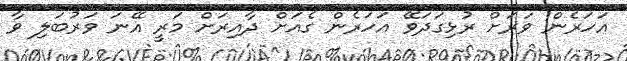
އަހަރެން ވަރަށް ރުޅިގަދަވޭ އަހަރެން ގެއަށް ދާއިރަށް މަރީ އޭނަ ވަރުބަލި ވާ